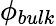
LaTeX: \phi_{bulk}